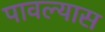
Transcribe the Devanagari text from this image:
पावल्यास